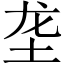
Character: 垄